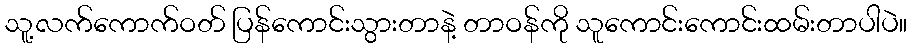
သူ့လက်ကောက်ဝတ် ပြန်ကောင်းသွားတာနဲ့ တာဝန်ကို သူကောင်းကောင်းထမ်းတာပါပဲ။